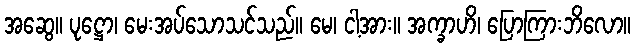
အဆွေ။ ပုဋ္ဌော၊ မေးအပ်သောသင်သည်။ မေ၊ ငါ့အား။ အက္ခာဟိ၊ ပြောကြားဘိလော။